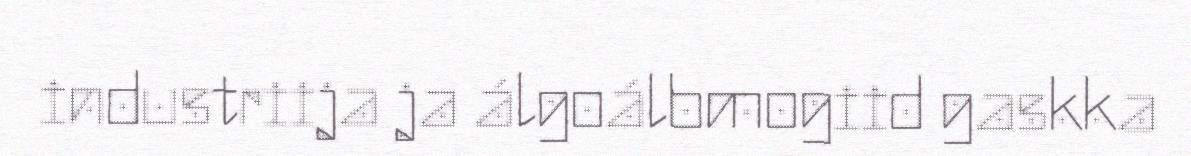
industriija ja álgoálbmogiid gaskka